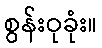
စွန်းဝုခုံး။